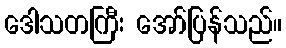
ဒေါသတကြီး အော်ပြန်သည်။